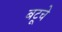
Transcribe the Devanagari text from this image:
बटूचे